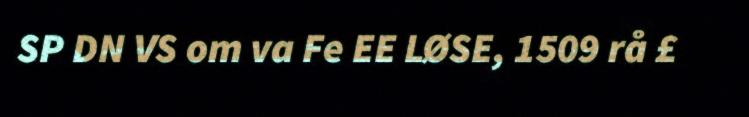
SP DN VS om va Fe EE LØSE, 1509 rå £